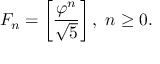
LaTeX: F _ { n } = \left[ { \frac { \varphi ^ { n } } { \sqrt { 5 } } } \right] , \ n \geq 0 .